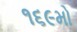
૧૬૯મો